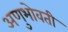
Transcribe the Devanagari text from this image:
अणुभोवती